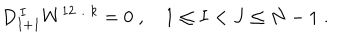
D _ { I + 1 } ^ { \, I } W ^ { 1 2 \ldots k } = 0 \; , \quad 1 \leq I < J \leq N - 1 \; .